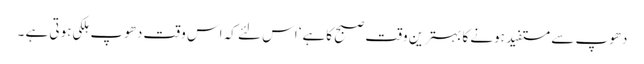
دھوپ سے مستفید ہونے کا بہترین وقت صبح کاہے‘ اس لئے کہ اس وقت دھوپ ہلکی ہوتی ہے ۔